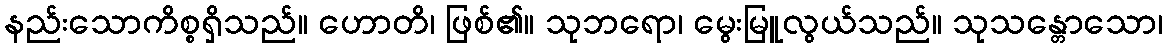
နည်းသောကိစ္စရှိသည်။ ဟောတိ၊ ဖြစ်၏။ သုဘရော၊ မွေးမြူလွယ်သည်။ သုသန္တောသော၊